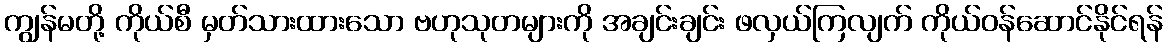
ကျွန်မတို့ ကိုယ်စီ မှတ်သားထားသော ဗဟုသုတများကို အချင်းချင်း ဖလှယ်ကြလျက် ကိုယ်ဝန်ဆောင်နိုင်ရန်